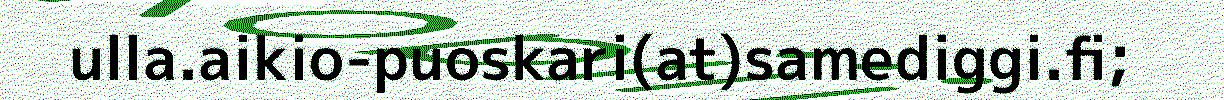
ulla.aikio-puoskari(at)samediggi.fi;